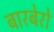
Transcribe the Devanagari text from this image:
बारबेरो